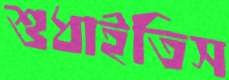
শুধাইতিস